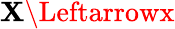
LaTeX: \mathbf{X}\Leftarrowx